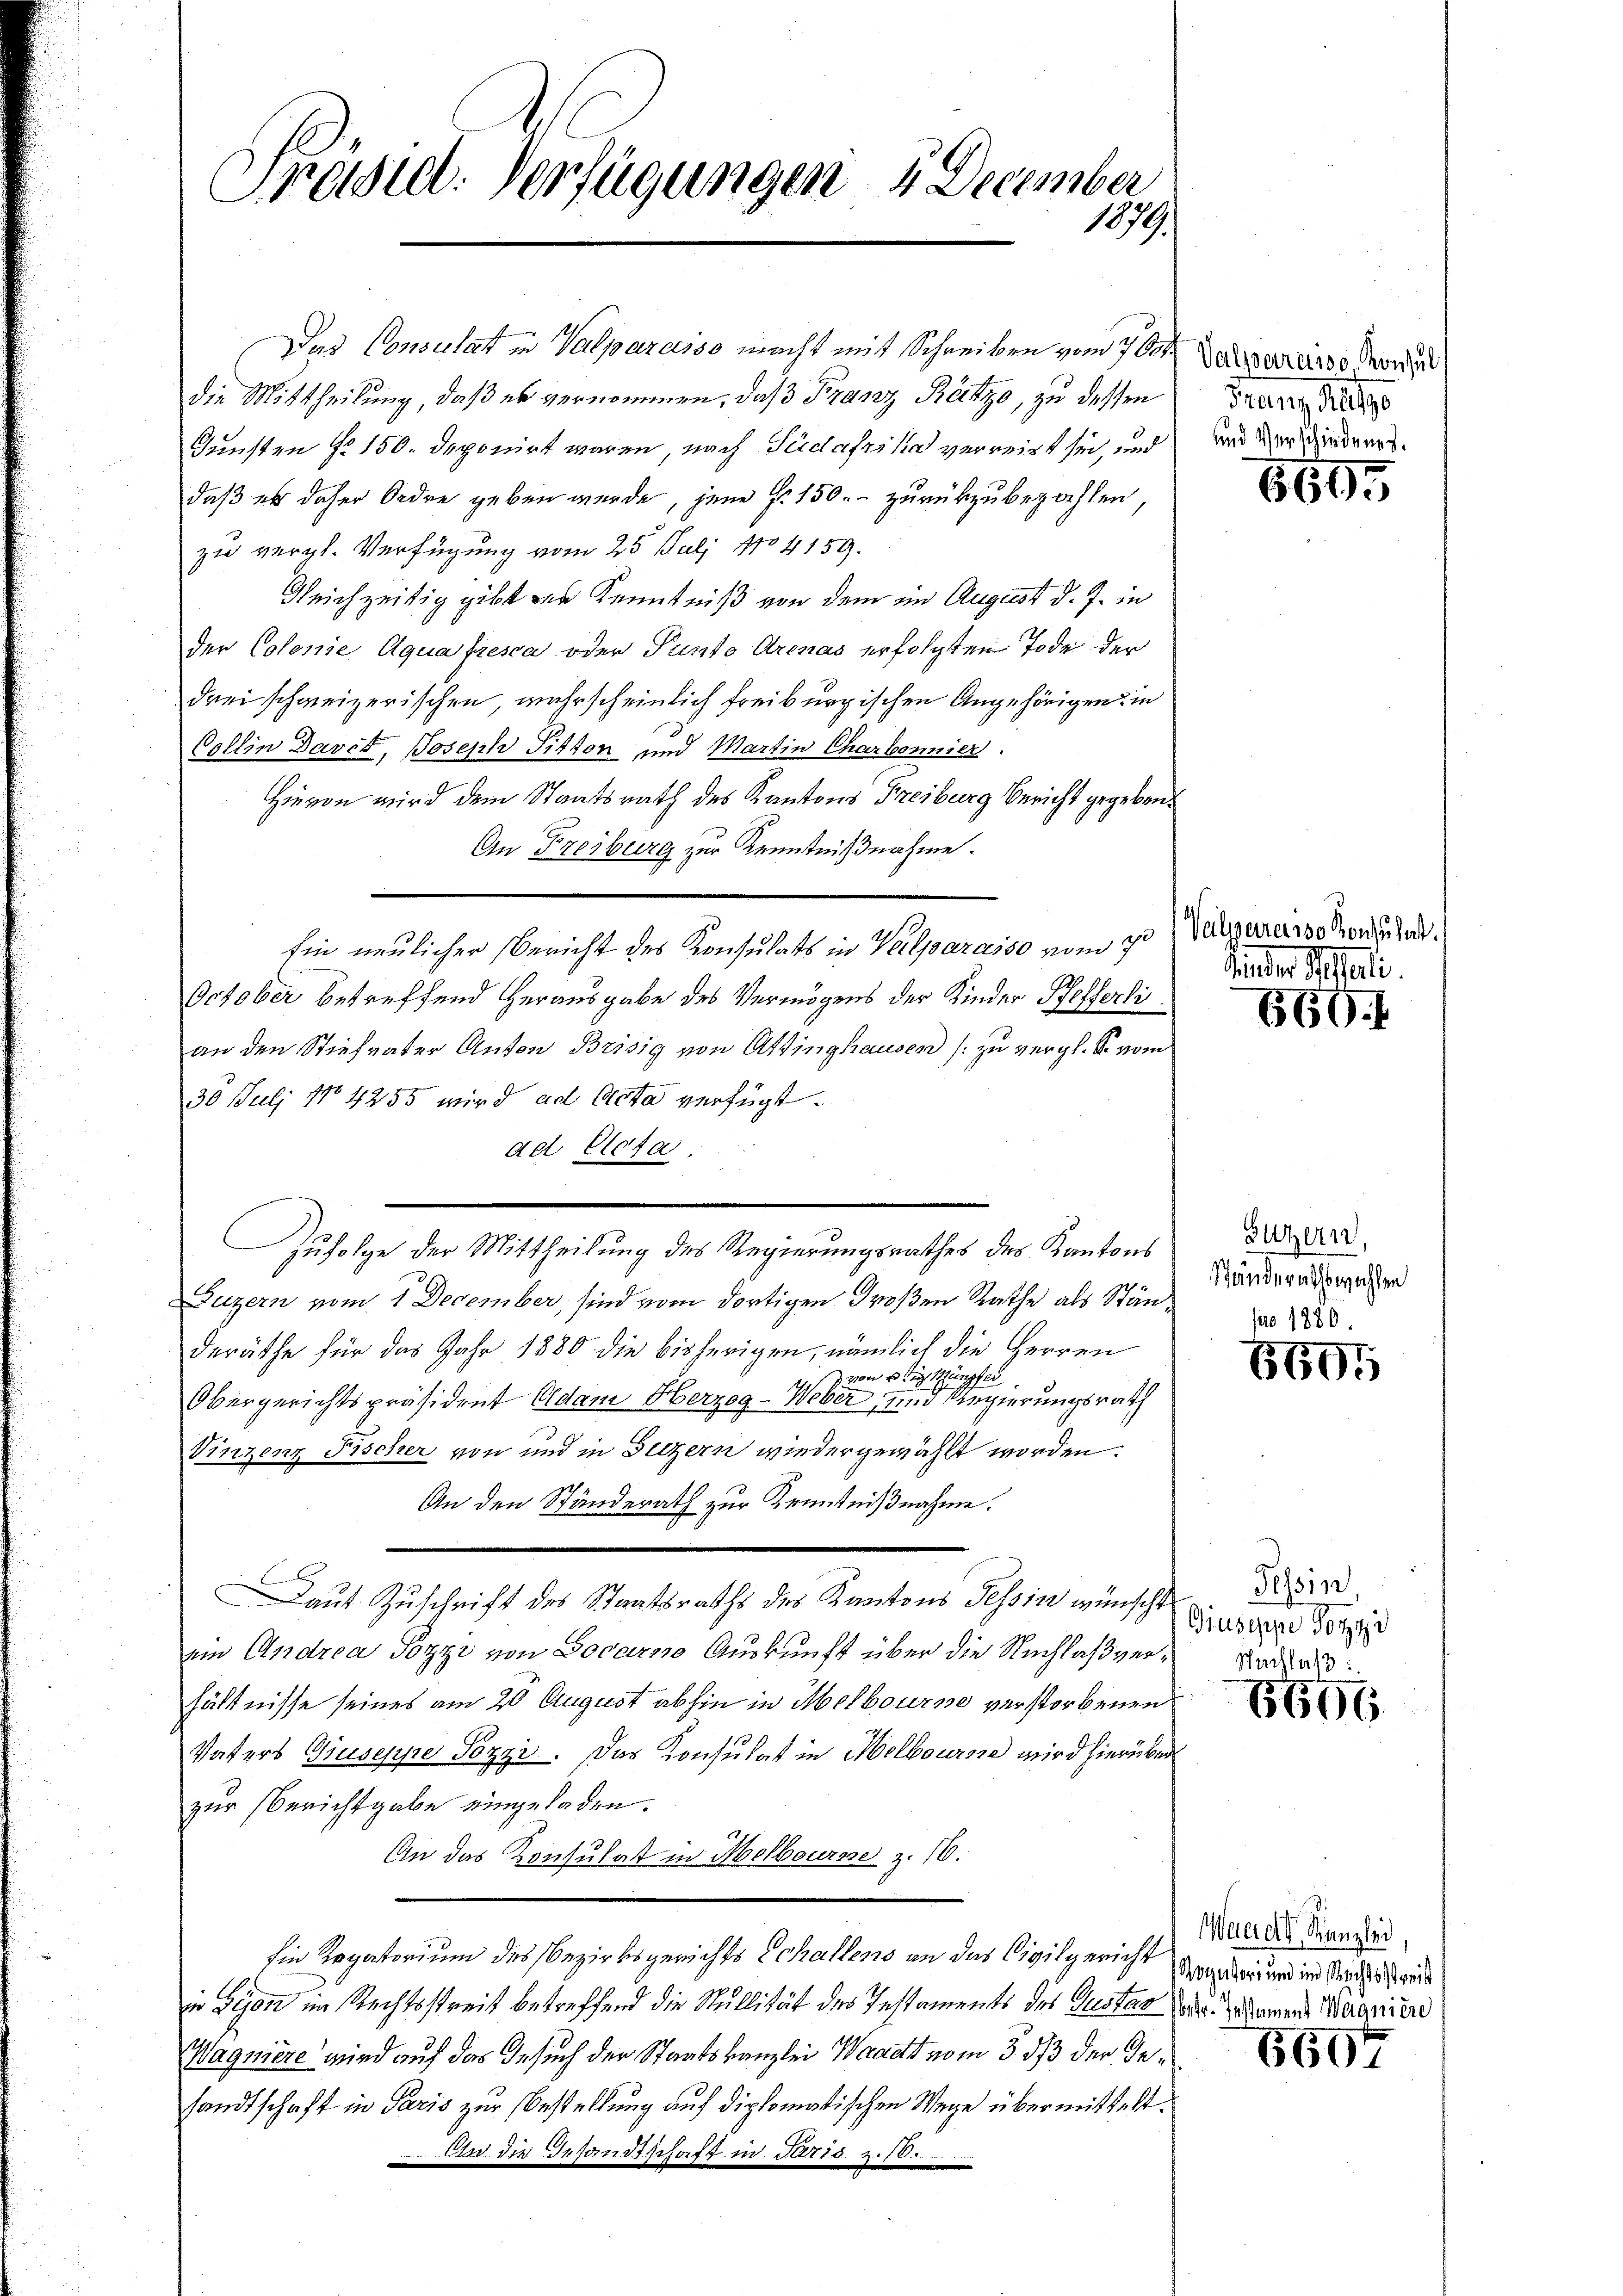
Prösiel. Verfügungen 2 December
1079

Der Consulat in Valparasso macht mit Schreiben vom 7ten Verzerer Mord
die Mittheilung, daß er vernommen, daß Franz Reitzo, zu dessen
Gunsten No 150. deponirt waren, nach Südafrika verreist sei, und
daß er daher Ordre geben werde, jene Fr. 150.- zurückzubezahlen
zu vergl. Verfügung vom 25. Juli 184159.
Gleichzeitig gibt den Kenntniß von dem im August d. J. in
der Colonie Aqua fresca oder Punto Arenas erfolgten Tode der
drei schweizerischen, wahrscheinlich freiburgischen Angehörigen in
Collin Davct, Joseph Pitton und Martin Charbonnier
Hievon wird dem Staatsrath des Kantons Freiburg Bericht gegeben.
An Freiburg zur Kenntnißnahme.
October betreffend herausgabe des Vermögens der Kinder Pfefferti
an den Stiefvater Anton Brisig von Attinghausen (zu vergl. So vom
30 Juli No 4255 wird ad Acta verfügt:
ad Clota.
Luzern vom 1. December, sind vom dortigen Großen Rathe als Ständeräthe für das Jahr 1880 die bisherigen, nämlich die Herren
 von die Hänsfei
Obergerichtspräsident Adam Herzog-Weber und Regierungsrath
Vinzenz Fischer von und in Beizern wiedergewählt worden.
An den Ständerath zur Kenntnißnahme.
Daut Zuschrift des Staatsraths des Kantons Tessin wünscht
em Andrea Pozzi von Locarno Auskunft über die Nachlaßverhältnisse seines am 20 August abhin in Melbourse verstorbenen
Vaters Giuseppe Sozzi. Das Konsulat in Melbourse wird hierüber
zur Berichtgabe eingeladen.
An das Konsulat in Melbourne z. 16.
sin Rogatorium des Bezirksgerichts Echallens an das Civilgerich Ungeden und im Andesrede
in Seon im Rechtsstreit betreffend die Nullität des Testaments des Guster der Zusamens Marariiere
Wagniere wird auf das Gesuch der Staatskanzlei Waadt vom 3. ds der Gesandtschaft in Paris zur Bestellung auf diplomatischen Wege übermittelt.
An die Gesandtschaft in Parts z. 10.

Zufolge der Mittheilung des Regierungsrathes des Kantons

hin neulicher Bericht des Konsulats in Vellparasse vom 30. Julianaro von der

Franz Kalte
und Verschiedenes.

1615

kinder Reali.

669.

Zuzern,
Ständerathswahlen
pro 1880.

6695

Tessin,
Giuseppe Porze

8696

Waeidl, Kanzlei,

6604